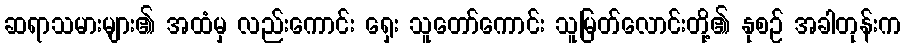
ဆရာသမားများ၏ အထံမှ လည်းကောင်း ရှေး သူတော်ကောင်း သူမြတ်လောင်းတို့၏ နုစဉ် အခါတုန်းက